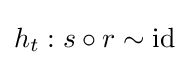
h_{t}:s\circ r\sim \operatorname {id}